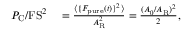
\begin{array} { r l } { P _ { \mathrm { C } } / \mathrm { F S } ^ { 2 } } & { { } = \frac { \langle \{ F _ { \mathrm { p u r e } } ( t ) \} ^ { 2 } \rangle } { A _ { \mathrm { R } } ^ { 2 } } = \frac { ( A _ { 0 } / A _ { \mathrm { R } } ) ^ { 2 } } { 2 } , } \end{array}